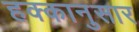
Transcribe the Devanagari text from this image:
हक्कानुसार